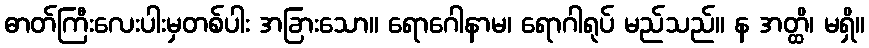
ဓာတ်ကြီးလေးပါးမှတစ်ပါး အခြားသော။ ရောဂေါနာမ၊ ရောဂါရုပ် မည်သည်။ န အတ္ထိ၊ မရှိ။